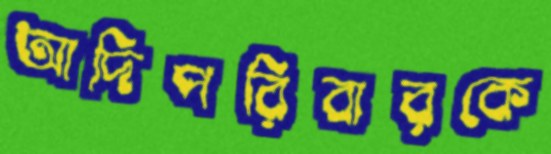
আদিপরিবারকে